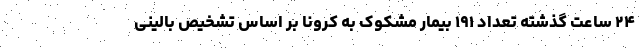
۲۴ ساعت گذشته تعداد ۱۹۱ بیمار مشکوک به کرونا بر اساس تشخیص بالینی